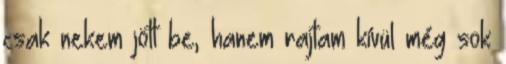
csak nekem jött be, hanem rajtam kívül még sok